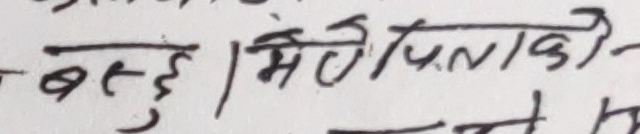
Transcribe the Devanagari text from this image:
वस्तु | मेरे पताको-